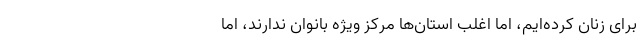
برای زنان کرده‌ایم، اما اغلب استان‌ها مرکز ویژه بانوان ندارند، اما